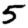
Digit: 5